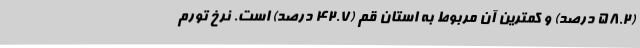
(٥٨.٢ درصد) و کمترین آن مربوط به استان قم (٤٢.٧ درصد) است. نرخ تورم